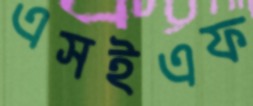
এসইএফ